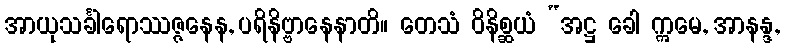
အာယုသင်္ခါရောဿဇ္ဇနေန, ပရိနိဗ္ဗာနေနာတိ။ တေသံ ဝိနိစ္ဆယံ “အဋ္ဌ ခေါ ဣမေ, အာနန္ဒ,